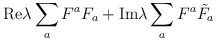
\begin{align*}{\rm Re}\lambda\sum_aF^aF_a +{\rm Im}\lambda\sum_aF^a{\tilde F_a}\end{align*}